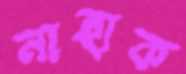
নাহাক